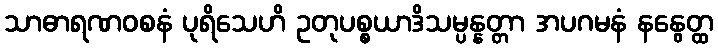
သာဓာရဏဝစနံ ပုရိသေဟိ ဥတုပစ္စယာဒိသမ္ပန္နတ္တာ အပဂမနံ နနွေတ္ထ